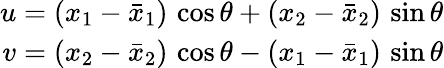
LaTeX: \begin{array}{r}{u=(x_{1}-\bar{x}_{1})\, \cos\theta+(x_{2}-\bar{x}_{2})\, \sin\theta}\\ {v=(x_{2}-\bar{x}_{2})\, \cos\theta-(x_{1}-\bar{x}_{1})\, \sin\theta}\end{array}